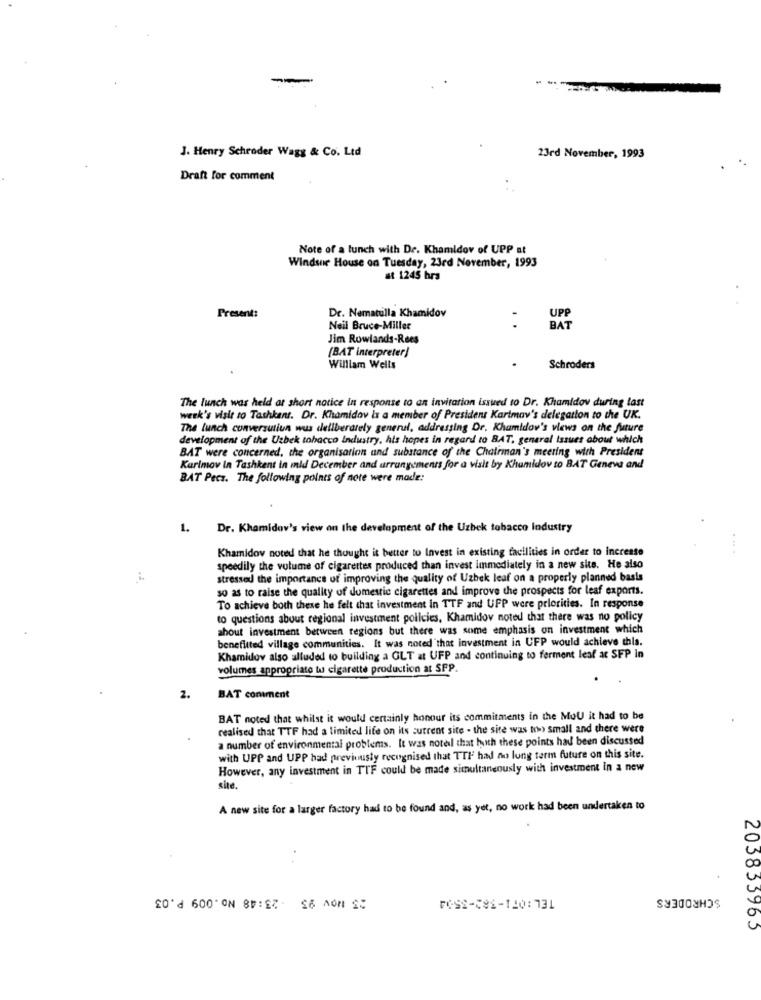
J. Henry Schroder Wags & Co. Ltd
23rd November, 1993
Draft for comment
Note of a lunch with Dr. Khamidov of UPP st
Windsne House on Tuesday, 23rd November, 1993
at 1245 hrs
Present:
Dr. Nematulla Khamidov
UPP
Neil Bruce-Miller
BAT
Jim Rowlands-Rees
(BAT interpreter)
.
William Wells
Schroders
The lunch was held at short notice in response to an invitation issued to Dr. Khamidov during last
week's visit to Tashkent. Dr. Khamidav is a member of President Kartmay's delegation to the UK.
The lunch conversutiun wus deliberately general, addressing Dr. Khamidov's views on the future
development of the Uzbek tobacco Industry, his hopes in regard to BAT, general Issues about which
BAT were concerned, the organisation and substance of the Chairman's meeting with President
Karimov In Tashkent in mld December and arrangements for a visit by Khamidov to BAT Geneva and
BAT Pecs. The following points of note were made:
1.
Dr. Khamidav's view on the development of the Uzbek tobacco Industry
Khamidov noted that he thought it better to Invest in existing facilities in order to increase
speedily the volume of cigarettes produced than invest immediately in a new sie. He also
stressed the importance of improving the quality of Uzbek leaf on a properly planned basis
so as to raise the quality of domestic cigarettes and improve the prospects for leaf exports.
To achieve both these he felt that investment in TTF and UPP were priorities. In response
to questions about regional investment policies, Khamidov noted that there was no policy
about investment between regions but there was some emphasis on investment which
benefitted village communities. It was noted that investment in UFP would achieve this.
Khamidov also alluded to building a GLT at UFP and continuing to ferment leaf at SFP in
volumes appropriato tu cigarette production at SPP.
2.
BAT coniment
BAT noted that whilst it would certainly honour its commitments in the MuU it had to be
realised that TTF had a limited life on its sutrent site . the site was the small and there were
a number of environmental problems. It was noteil that huth these points had been discussed
with UPP and UPP had previously recognised that TTF had no long term future on this site.
However, any investment in TIF could be made simultaneously with investment in a new
site.
A new site for a larger factory had to be found and, as yet, no work had been undertaken to
25 Nov 95 23:48 No.009 P.03
SCHRODERS
FOSS-C8-120:731
203833965